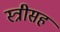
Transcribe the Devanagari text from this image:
स्त्रीसह